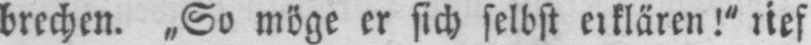
rief